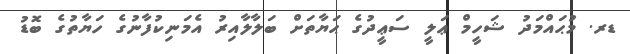
ޑރ. މުޙައްމަދު ޝަހީމް ޢަލީ ސަޢީދުގެ ޙަޔާތަށް ބަލާލާއިރު އެމަނިކުފާނުގެ ހަޔާތުގެ ބޮޑު